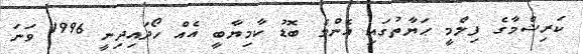
ކަރިޝްމާގެ ފިލްމީ ޙަޔާތުގައި އެންމެ ބޮޑު ކާމިޔާބީ އެއް ހޯދައިދިނީ 1996 ވަނަ